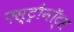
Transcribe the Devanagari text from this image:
एस्ट्रौनॉट्स